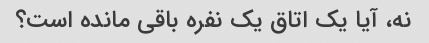
نه، آیا یک اتاق یک نفره باقی مانده است؟